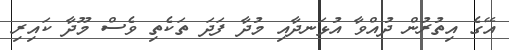
އޭގެ އިތުރުން ދުއްވާ އުޅަނދާއި މުދާ ފަދަ ތަކެތި ވެސް މޫދާ ކަައިރި